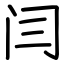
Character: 闫